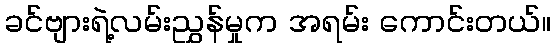
ခင်ဗျားရဲ့လမ်းညွှန်မှုက အရမ်း ကောင်းတယ်။